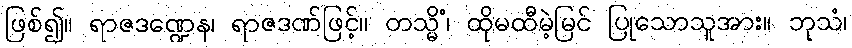
ဖြစ်၍။ ရာဇဒဏ္ဍေန၊ ရာဇဒဏ်ဖြင့်။ တသ္မိံ၊ ထိုမထီမဲ့မြင် ပြုသောသူအား။ ဘုသံ၊